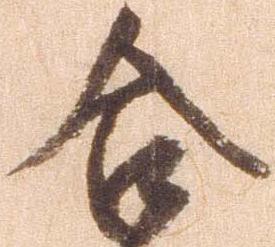
合